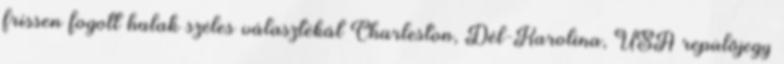
frissen fogott halak széles választékát Charleston, Dél-Karolina, USA repülőjegy